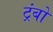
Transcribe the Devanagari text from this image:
ट्रंबो